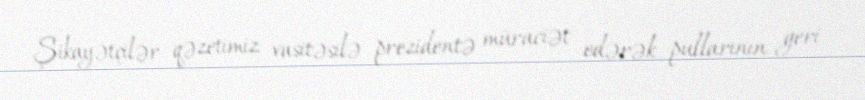
Şikayətçilər qəzetimiz vasitəsilə prezidentə müraciət edərək pullarının geri